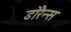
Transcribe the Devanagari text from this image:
डोरैन्स